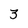
Character: 3